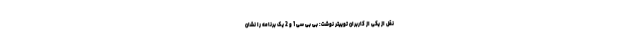
نقل از یکی از کاربران توییتر نوشت: بی بی سی 1 و 2 یک برنامه را نشان